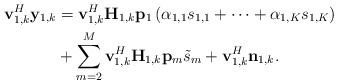
\begin{align*}\mathbf{v}_{1,k}^H\mathbf{y}_{1,k} &= \mathbf{v}_{1,k}^H\mathbf{H}_{1,k}\mathbf{p}_1 \left(\alpha_{1,1}s_{1,1}+\cdots+ \alpha_{1,K}s_{1,K}\right)\\ &+\sum_{m=2}^{M}\mathbf{v}_{1,k}^H\mathbf{H}_{1,k}\mathbf{p}_{m} \tilde{ {s}}_{m}+\mathbf{v}_{1,k}^H\mathbf{n}_{1,k}.\end{align*}